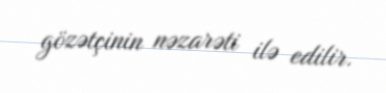
gözətçinin nəzarəti ilə edilir.